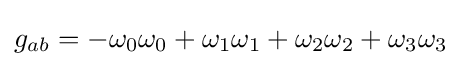
g_{ab}=-\omega _{0}\omega _{0}+\omega _{1}\omega _{1}+\omega _{2}\omega _{2}+\omega _{3}\omega _{3}